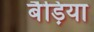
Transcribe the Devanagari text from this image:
बैड़िया